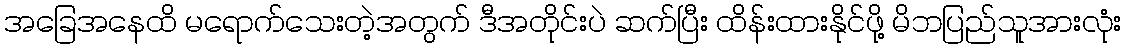
အခြေအနေထိ မရောက်သေးတဲ့အတွက် ဒီအတိုင်းပဲ ဆက်ပြီး ထိန်းထားနိုင်ဖို့ မိဘပြည်သူအားလုံး